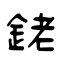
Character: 銠